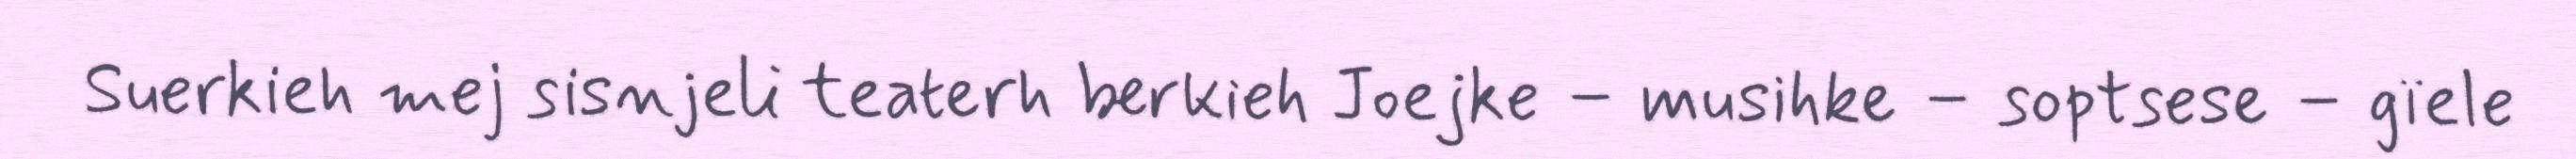
Suerkieh mej sisnjeli teaterh berkieh Joejke – musihke – soptsese – gïele